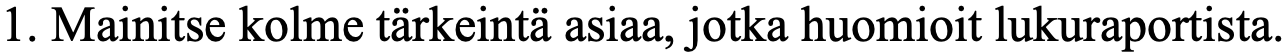
1. Mainitse kolme tärkeintä asiaa, jotka huomioit lukuraportista.